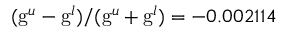
( \mathrm { g } ^ { u } - \mathrm { g } ^ { l } ) / ( \mathrm { g } ^ { u } + \mathrm { g } ^ { l } ) = - 0 . 0 0 2 1 1 4